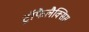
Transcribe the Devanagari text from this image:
ट्रॉफैलैक्सिस